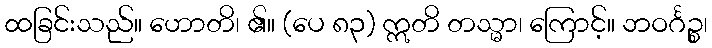
ထခြင်းသည်။ ဟောတိ၊ ၏။ (ပေ ၈၃) ဣတိ တသ္မာ၊ ကြောင့်။ ဘဝင်္ဂဉ္စ၊